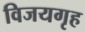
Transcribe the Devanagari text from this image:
विजयगृह